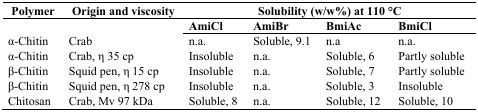
<table><thead><tr><td><b>Polymer</b></td><td><b>Origin and viscosity</b></td><td colspan="4"><b>Solubility (w/w%) at 110 °C</b></td></tr><tr><td></td><td></td><td><b>AmiCl</b></td><td><b>AmiBr</b></td><td><b>BmiAc</b></td><td><b>BmiCl</b></td></tr></thead><tbody><tr><td>α-Chitin</td><td>Crab</td><td>n.a.</td><td>Soluble, 9.1</td><td>n.a</td><td>n.a.</td></tr><tr><td>α-Chitin</td><td>Crab, η 35 cp</td><td>Insoluble</td><td>n.a.</td><td>Soluble, 6</td><td>Partly soluble</td></tr><tr><td>β-Chitin</td><td>Squid pen, η 15 cp</td><td>Insoluble</td><td>n.a.</td><td>Soluble, 7</td><td>Partly soluble</td></tr><tr><td>β-Chitin</td><td>Squid pen, η 278 cp</td><td>Insoluble</td><td>n.a.</td><td>Soluble, 3</td><td>Insoluble</td></tr><tr><td>Chitosan</td><td>Crab, Mv 97 kDa</td><td>Soluble, 8</td><td>n.a.</td><td>Soluble, 12</td><td>Soluble, 10</td></tr></tbody></table>